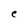
Character: e